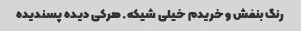
رنگ بنفش و خریدم خیلی شیکه. هرکی دیده پسندیده